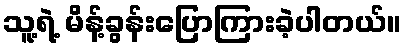
သူ့ရဲ့ မိန့်ခွန်းပြောကြားခဲ့ပါတယ်။